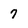
Character: 7